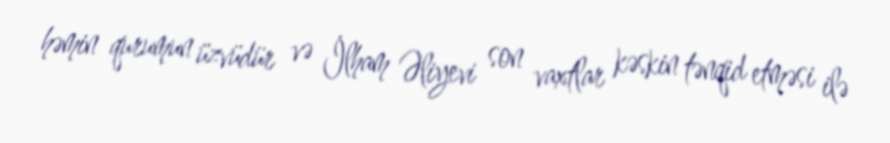
həmin qurumun üzvüdür və İlham Əliyevi son vaxtlar kəskin tənqid etməsi ilə